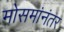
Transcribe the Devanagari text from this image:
मोसमांनंतर